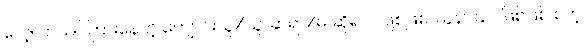
လေ့လာသင်ကြားနေတဲ့ ကျောင်းသူ/သူ၊ ဆရာ/မ ဆိုရင်ပဲဖြစ်ဖြစ်၊ သူနာပြုပဲ ဖြစ်ဖြစ် စတဲ့